Vaccine operations Central Provinces 1886-1899 - 1886-1899
Year: 1886
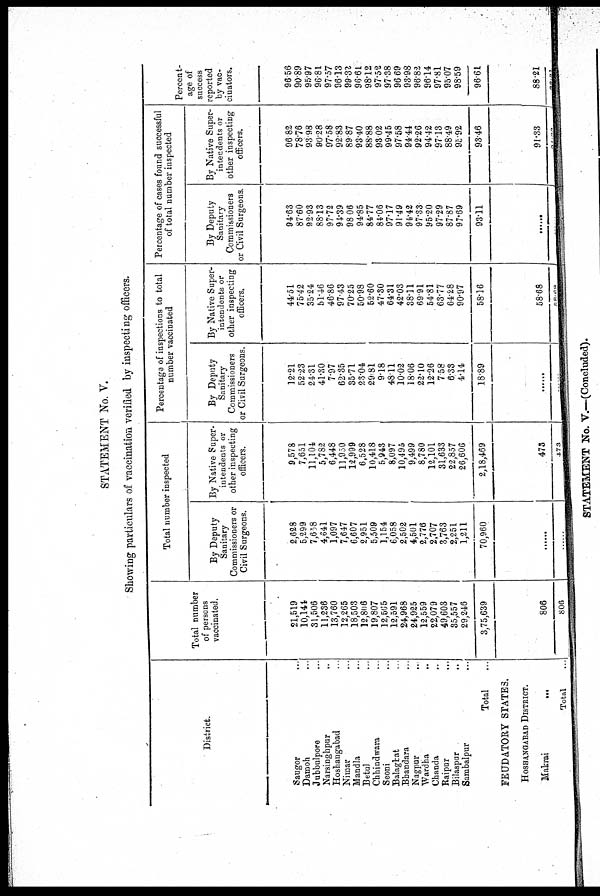
STATEMENT No. V.
Showing particulars of vaccination verified by inspecting officers.
District.
Saugor ...
Damoh ...
Jubbulpore ...
Narsinghpur ...
Hoshangabad ...
Nimar ...
Mandla ...
Betul ...
Chhindwara ...
Seoni ...
Balaghat ...
Bbandara ...
Nagpur ...
Wardha ...
Chanda ...
Raipur ...
Bilaspur ...
Sambalpur ...
Total ...
FEUDATORY STATES.
HOSHANGABAD DISTRICT.
Makrai
...
Total ...
Total number
of persons
vaccinated.
21,519
10,141
31,506
11,236
13,760
12,265
18,503
12,806
19,807
12,505
12,591
24,968
24,925
12,559
22,079
49,603
35,557
29,246
3,75,639
806
806
Total number inspected
By Deputy
Sanitary
Commissioners or
Civil Surgeons.
2,628
5,299
7,658
4,641
1,097
7,647
6,607
2,951
5,509
1,154
6,058
2,502
4,501
2,776
2,707
3,763
2,251
1,211
70,960
......
......
By Native Super-
intendents or
other inspecting
officers.
9,578
7,651
11,104
5,782
6,448
11,930
12,999
6,528
10,418
5,943
8,097
10,495
9,499
8,780
12,101
31,633
22,857
26,606
2,18,469
473
473
Percentage of inspections to total
number vaccinated
By Deputy
Sanitary
Commissioners
or Civil Surgeons.
12.21
52.23
24.31
41.80
7.97
62.35
35.71
23.04
29.81
9.18
48.11
10.02
18.06
22.10
12.26
7.58
6.33
4.14
18.89
......
......
By Native Super-
intendents or
other inspecting
officers.
44.51
75.42
35.24
51.46
46.86
97.43
70.25
50.98
52.60
47.30
64.31
42.03
38.11
69.91
54.81
63.77
64.28
90.97
58.16
58.68
58.68
Percentage of cases found successful
of total number inspected
By Deputy
Sanitary
Commissioners
or Civil Surgeons.
94.63
87.60
92.93
88.13
97.72
94.39
98.06
94.85
84.77
84.06
97.17
91.49
94.42
97.33
95.20
97.29
87.87
97.69
93.11
......
......
By Native Super-
intendents or
other inspecting
officers.
96.82
78.76
93.98
90.28
97.58
92.83
89.87
93.40
88.88
93.02
99.45
97.58
94.44
92.26
94.42
97.13
88.49
95.92
93.46
91.33
91.33
Percent-
age of
success
reported
by vac-
cinators.
96.56
90.89
95.97
96.81
97.57
96.13
99.32
96.61
98.12
97.52
97.38
96.69
93.98
96.83
96.14
97.81
95.07
98.59
96.61
88.21
88.21